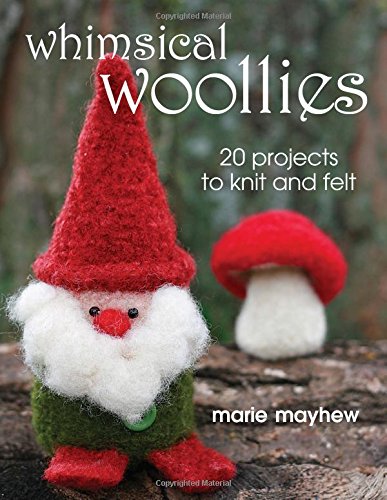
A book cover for Whimsical Woollies: 20 Projects to Knit and Felt; Marie Mayhew; Crafts, Hobbies & Home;